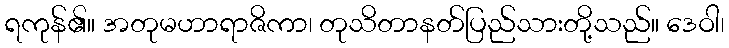
ရကုန်၏။ အတုမဟာရာဇိကာ၊ တုသိတာနတ်ပြည်သားတို့သည်။ ဒေဝါ၊